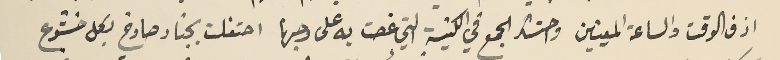
ازف الوقت والساعة المعينين واحتشد الجمع في الكنيسَة التي غصت به على وجها احتفلت بجناز صارخ بكل خشوع